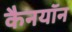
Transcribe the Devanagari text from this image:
कैनयॉन